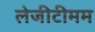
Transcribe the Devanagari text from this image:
लेजीटीमम